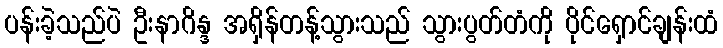
ပန်းခဲ့သည်ပဲ ဦးနာဂိန္ဒ အရှိန်တန့်သွားသည် သွားပွတ်တံကို ပိုင်ရှောင်ချန်းထံ